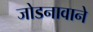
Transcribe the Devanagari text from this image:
जोडनावाने